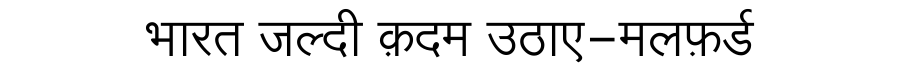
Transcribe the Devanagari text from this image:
भारत जल्दी क़दम उठाए-मलफ़र्ड